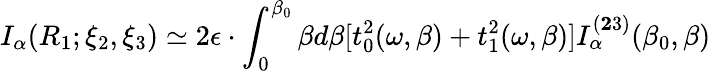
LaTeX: I_{\alpha}(R_{1};{\xi}_{2},{\xi}_{3})\simeq 2{\epsilon}\cdot\int_{0}^{{\beta}_{0}}{\beta}d{\beta}[t_{0}^{2}({\omega},{\beta})+t_{1}^{2}({\omega},{\beta})]I_{\alpha}^{({\mathbf 23})}({\beta}_{0},{\beta})